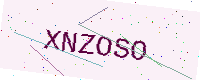
Text: XNZOSO